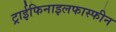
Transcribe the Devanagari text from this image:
ट्राईफिनाइलफास्फीन